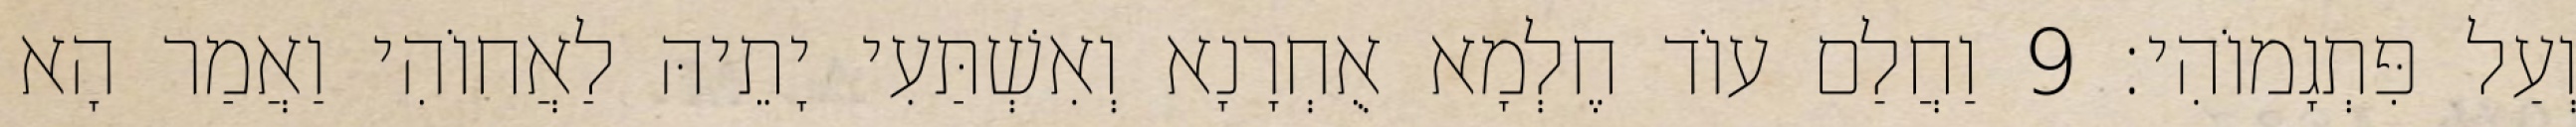
וְעַל פִּתְגָמוֹהִי׃ 9 וַחֲלַם עוֹד חֶלְמָא אֻחְרָנָא וְאִשְׁתַּעִי יָתֵיהּ לַאֲחוֹהִי וַאֲמַר הָא